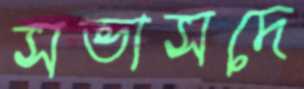
সভাসদে